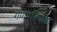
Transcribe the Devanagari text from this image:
गणपतिपाडा